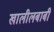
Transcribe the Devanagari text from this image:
खालीलबाबी